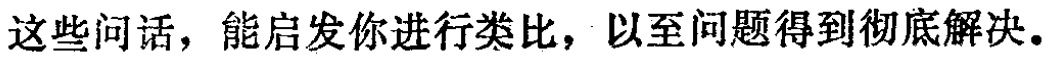
这些问话，能启发你进行类比，以至问题得到彻底解决。